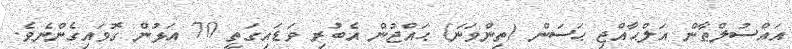
އައްސުލްޠާން އަލްޙާއްޖި ޙަސަން (ތިންވަނަ) ޙައްޖުން އެބުރި ވަޑައިގަތީ 70 އަޅުން ގޮވައިގެންނެވެ.